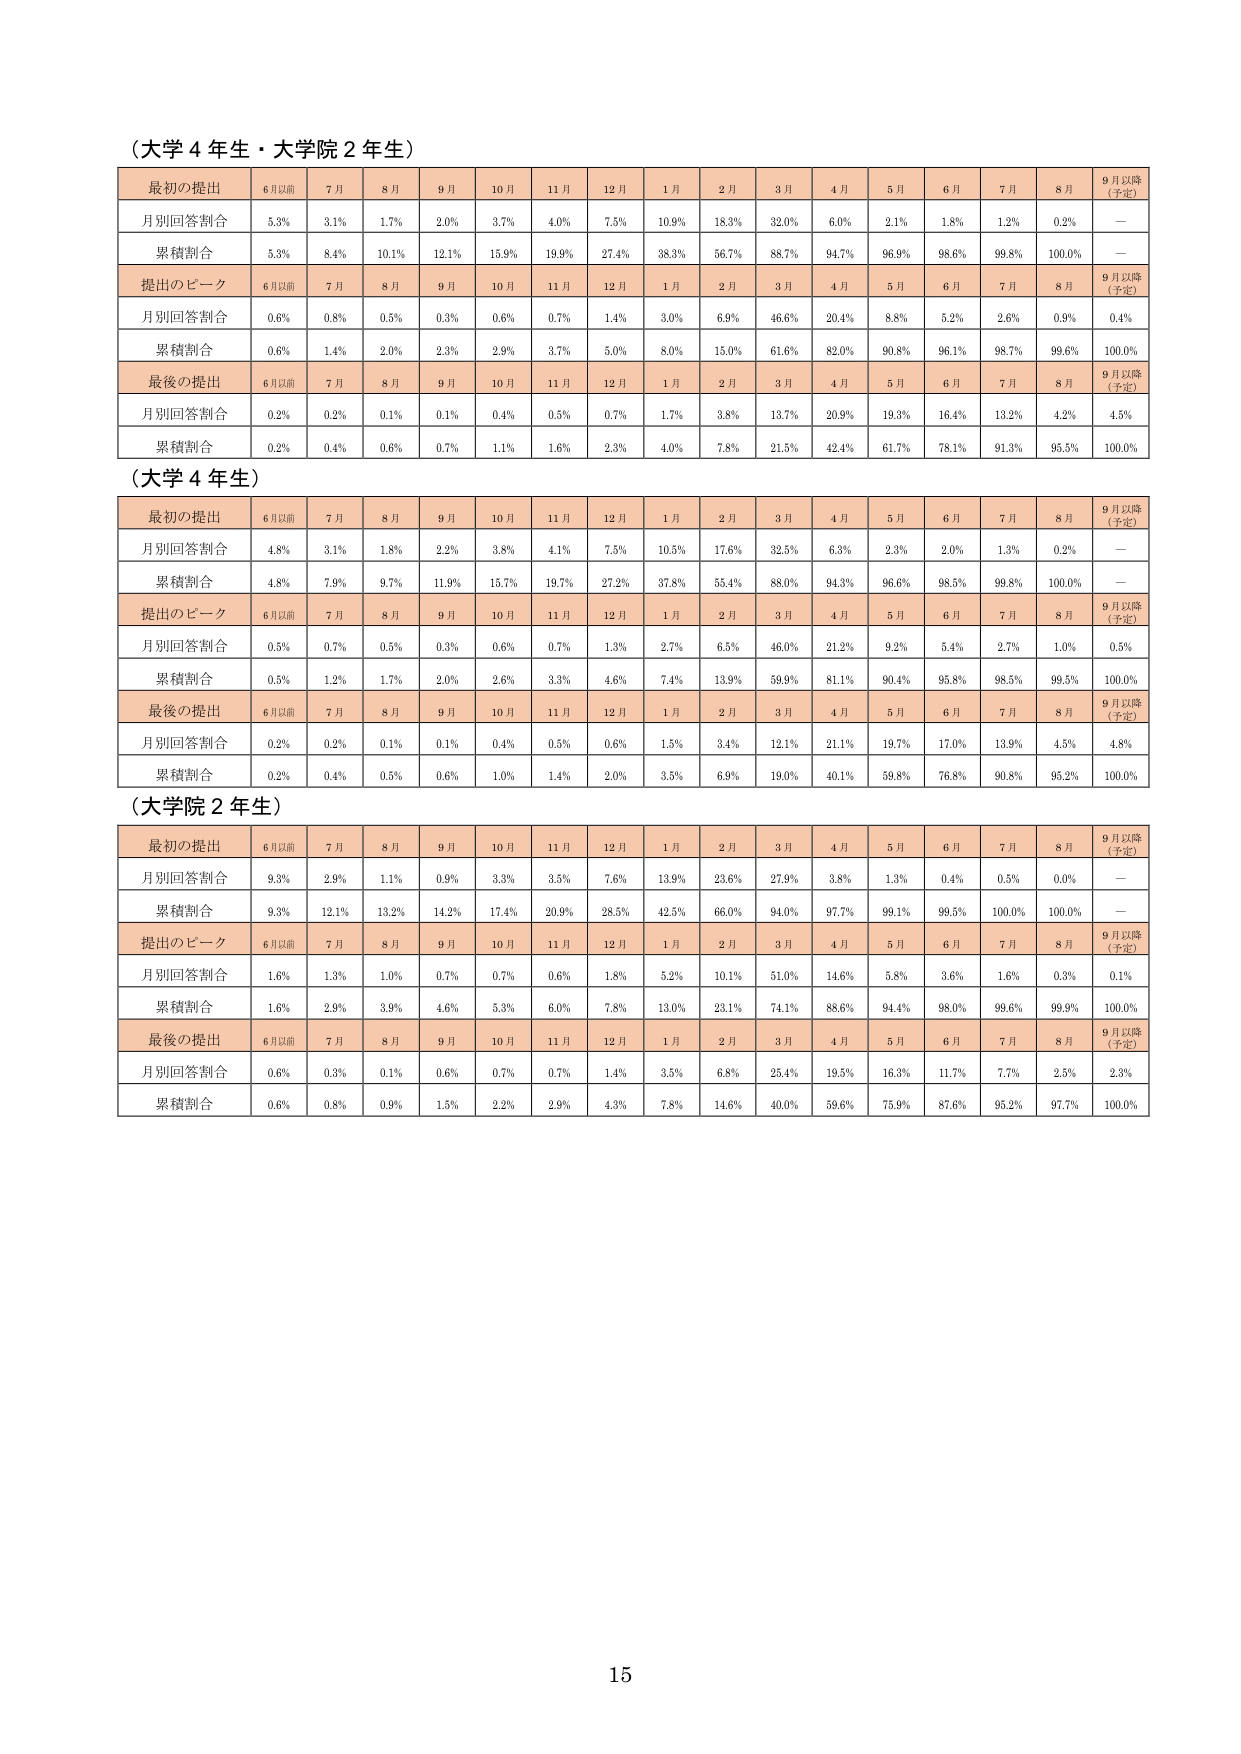
（大学４年生・大学院２年生）

最初の提出　6月以前　7月　8月　9月　10月　11月　12月　1月　2月　3月　4月　5月　6月　7月　8月　9月以降（予定）
月別回答割合　5.3%　3.1%　1.7%　2.0%　3.7%　4.0%　7.5%　10.9%　18.3%　32.0%　6.0%　2.1%　1.8%　1.2%　0.2%　—
累積割合　5.3%　8.4%　10.1%　12.1%　15.9%　19.9%　27.4%　38.3%　56.7%　88.7%　94.7%　96.9%　98.6%　99.8%　100.0%　—

提出のピーク　6月以前　7月　8月　9月　10月　11月　12月　1月　2月　3月　4月　5月　6月　7月　8月　9月以降（予定）
月別回答割合　0.6%　0.8%　0.5%　0.3%　0.6%　0.7%　1.4%　3.0%　6.9%　46.6%　20.4%　8.8%　5.2%　2.6%　0.9%　0.4%
累積割合　0.6%　1.4%　2.0%　2.3%　2.9%　3.7%　5.0%　8.0%　15.0%　61.6%　82.0%　90.8%　96.1%　98.7%　99.6%　100.0%

最後の提出　6月以前　7月　8月　9月　10月　11月　12月　1月　2月　3月　4月　5月　6月　7月　8月　9月以降（予定）
月別回答割合　0.2%　0.2%　0.1%　0.1%　0.4%　0.5%　0.7%　1.7%　3.8%　13.7%　20.9%　19.3%　16.4%　13.2%　4.2%　4.5%
累積割合　0.2%　0.4%　0.6%　0.7%　1.1%　1.6%　2.3%　4.0%　7.8%　21.5%　42.4%　61.7%　78.1%　91.3%　95.5%　100.0%

（大学４年生）

最初の提出　6月以前　7月　8月　9月　10月　11月　12月　1月　2月　3月　4月　5月　6月　7月　8月　9月以降（予定）
月別回答割合　4.8%　3.1%　1.8%　2.2%　3.8%　4.1%　7.5%　10.5%　17.6%　32.5%　6.3%　2.3%　2.0%　1.3%　0.2%　—
累積割合　4.8%　7.9%　9.7%　11.9%　15.7%　19.7%　27.2%　37.8%　55.4%　88.0%　94.3%　96.6%　98.5%　99.8%　100.0%　—

提出のピーク　6月以前　7月　8月　9月　10月　11月　12月　1月　2月　3月　4月　5月　6月　7月　8月　9月以降（予定）
月別回答割合　0.5%　0.7%　0.5%　0.3%　0.6%　0.7%　1.3%　2.7%　6.5%　46.0%　21.2%　9.2%　5.4%　2.7%　1.0%　0.5%
累積割合　0.5%　1.2%　1.7%　2.0%　2.6%　3.3%　4.6%　7.4%　13.9%　59.9%　81.1%　90.4%　95.8%　98.5%　99.5%　100.0%

最後の提出　6月以前　7月　8月　9月　10月　11月　12月　1月　2月　3月　4月　5月　6月　7月　8月　9月以降（予定）
月別回答割合　0.2%　0.2%　0.1%　0.1%　0.4%　0.5%　0.6%　1.5%　3.4%　12.1%　21.1%　19.7%　17.0%　13.9%　4.5%　4.8%
累積割合　0.2%　0.4%　0.5%　0.6%　1.0%　1.4%　2.0%　3.5%　6.9%　19.0%　40.1%　59.8%　76.8%　90.8%　95.2%　100.0%

（大学院２年生）

最初の提出　6月以前　7月　8月　9月　10月　11月　12月　1月　2月　3月　4月　5月　6月　7月　8月　9月以降（予定）
月別回答割合　9.3%　2.9%　1.1%　0.9%　3.3%　3.5%　7.6%　13.9%　23.6%　27.9%　3.8%　1.3%　0.4%　0.5%　0.0%　—
累積割合　9.3%　12.1%　13.2%　14.2%　17.4%　20.9%　28.5%　42.5%　66.0%　94.0%　97.7%　99.1%　99.5%　100.0%　100.0%　—

提出のピーク　6月以前　7月　8月　9月　10月　11月　12月　1月　2月　3月　4月　5月　6月　7月　8月　9月以降（予定）
月別回答割合　1.6%　1.3%　1.0%　0.7%　0.7%　0.6%　1.8%　5.2%　10.1%　51.0%　14.6%　5.8%　3.6%　1.6%　0.3%　0.1%
累積割合　1.6%　2.9%　3.9%　4.6%　5.3%　6.0%　7.8%　13.0%　23.1%　74.1%　88.6%　94.4%　98.0%　99.6%　99.9%　100.0%

最後の提出　6月以前　7月　8月　9月　10月　11月　12月　1月　2月　3月　4月　5月　6月　7月　8月　9月以降（予定）
月別回答割合　0.6%　0.3%　0.1%　0.6%　0.7%　0.7%　1.4%　3.5%　6.8%　25.4%　19.5%　16.3%　11.7%　7.7%　2.5%　2.3%
累積割合　0.6%　0.8%　0.9%　1.5%　2.2%　2.9%　4.3%　7.8%　14.6%　40.0%　59.6%　75.9%　87.6%　95.2%　97.7%　100.0%

15